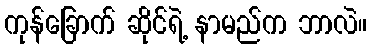
ကုန်ခြောက် ဆိုင်ရဲ့ နာမည်က ဘာလဲ။